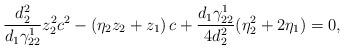
LaTeX: \begin{align*}\frac{d_2^2}{d_1\gamma_{22}^1}z_2^2c^2-\left(\eta_2z_2+z_1\right)c+\frac{d_1\gamma_{22}^1}{4d_2^2}(\eta_2^2+2\eta_1)=0,\end{align*}